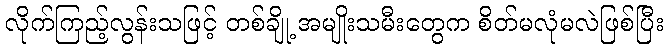
လိုက်ကြည့်လွန်းသဖြင့် တစ်ချို့ အမျိုးသမီးတွေက စိတ်မလုံမလဲဖြစ်ပြီး